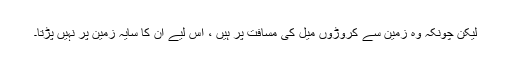
لیکن چونکہ وہ زمین سے کروڑوں میل کی مسافت پر ہیں ، اس لیے ان کا سایہ زمین پر نہیں پڑتا۔